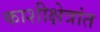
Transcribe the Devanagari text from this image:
काशीक्षेत्रांत